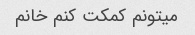
میتونم کمکت کنم خانم